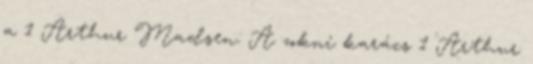
a 1 Arthur Madsen: A zokni karács 1 Arthur